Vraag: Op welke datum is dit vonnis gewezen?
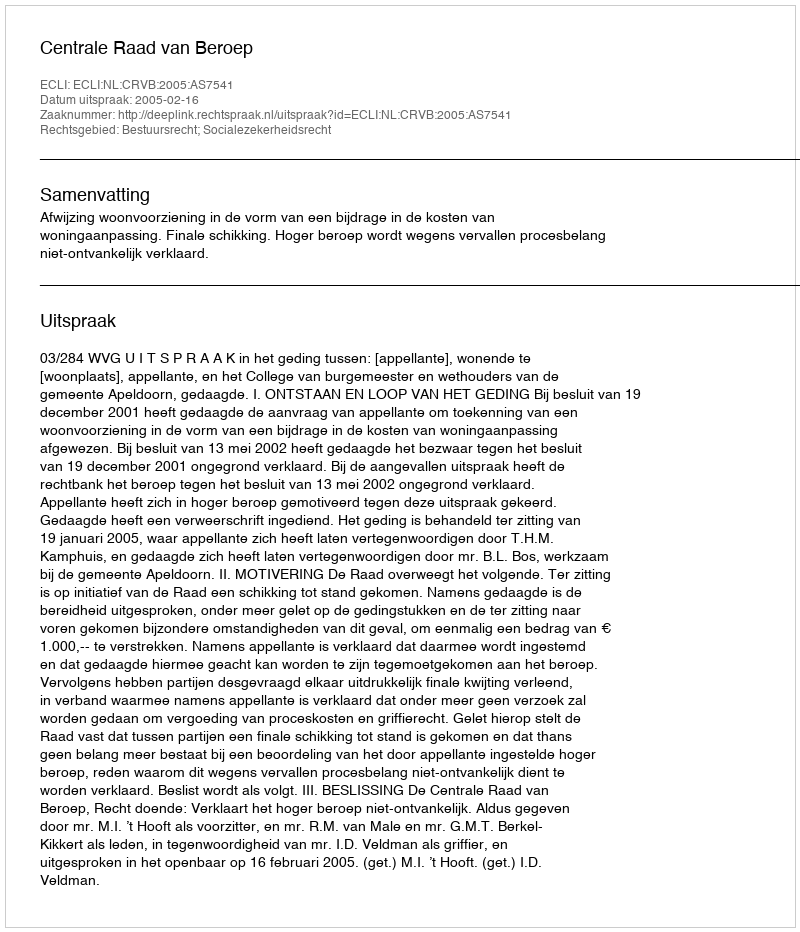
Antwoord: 2005-02-16